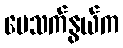
မေသက်နွယ်က